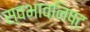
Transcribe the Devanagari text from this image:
स्वभावनिष्ट